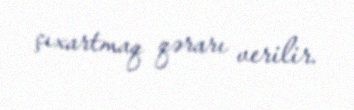
çıxartmaq qərarı verilir.